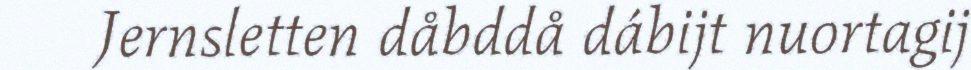
Jernsletten dåbddå dábijt nuortagij